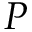
P